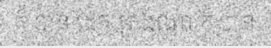
ក៏ បាន ដេក ត្រង់ណា ក៏ បាន